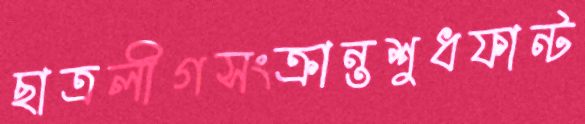
ছাত্রলীগসংক্রান্তশুধফান্ট